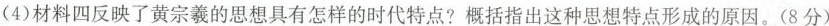
(4)材料四反映了黄宗羲的思想具有怎样的时代特点?概括指出这种思想特点形成的原因。(8分)